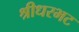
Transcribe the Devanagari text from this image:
श्रीधरभट